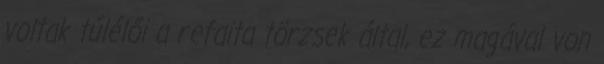
voltak túlélői a refaita törzsek által, ez magával von